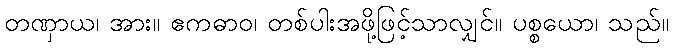
တဏှာယ၊ အား။ ဧကဓာဝ၊ တစ်ပါးအဖို့ဖြင့်သာလျှင်။ ပစ္စယော၊ သည်။